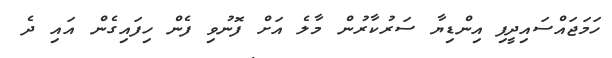
ހަމަޖައްސައިދީފި އިންޑިޔާ ސަރުކާރުން މާލެ އަށް ފޮނުވި ފެން ހިފައިގެން އައި ދެ